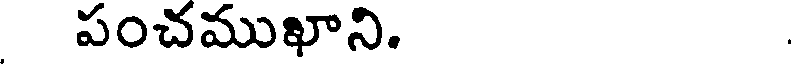
పంచముఖాని.